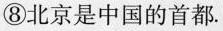
⑧北京是中国的首都.